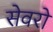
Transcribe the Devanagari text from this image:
सेवरो